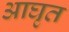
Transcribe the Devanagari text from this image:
आघृत